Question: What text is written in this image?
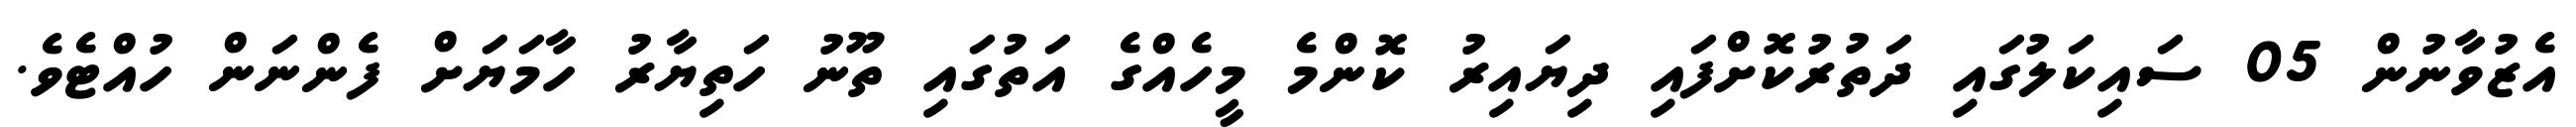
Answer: އެޒުވާނުން 05 ސައިކަލުގައި ދަތުރުކޮށްފައި ދިޔައިރު ކޮންމެ މީހެއްގެ އަތުގައި ތޫނު ހަތިޔާރު ހާމަޔަށް ފެންނަން ހުއްޓެވެ.